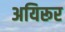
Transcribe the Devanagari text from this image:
अयिरूर